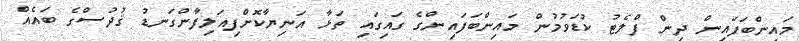
މައިންބަފައިން ދިން ފްލެޓު ކުޑަވުމުން މައިންބަފައިންގެ ގައިގައި ތަޅާ އަނިޔާކޮށްފިއަލިފާންގަނޑު ޤުދުސްގެ ބައެއް